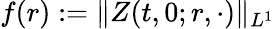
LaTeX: f(r):=\| Z(t,0;r,\cdot)\| _{L^{1}}